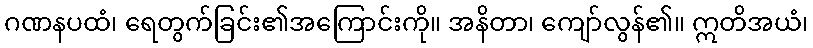
ဂဏနပထံ၊ ရေတွက်ခြင်း၏အကြောင်းကို။ အနိတာ၊ ကျော်လွန်၏။ ဣတိအယံ၊